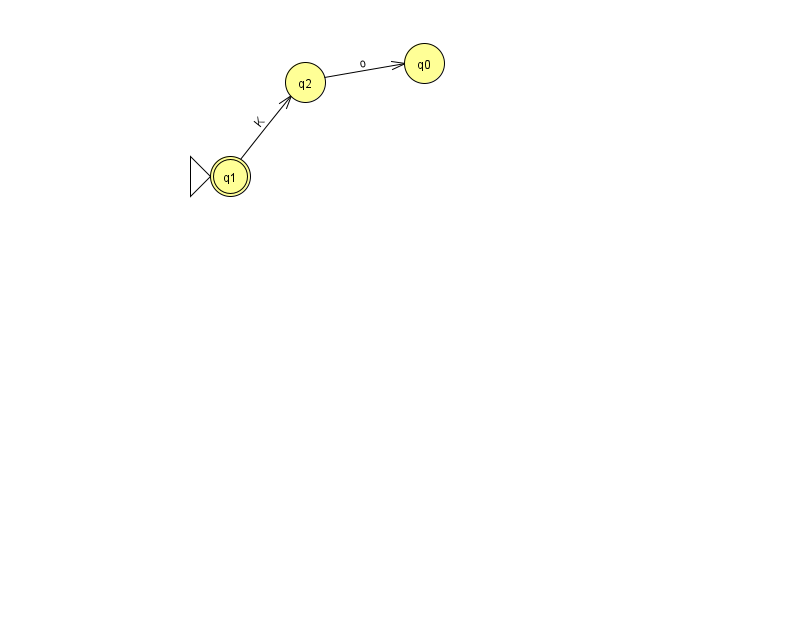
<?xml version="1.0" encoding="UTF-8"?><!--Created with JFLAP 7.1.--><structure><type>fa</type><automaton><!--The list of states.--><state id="0" name="q0"><x>424.0</x><y>50.0</y></state><state id="1" name="q1"><x>230.0</x><y>163.0</y><initial/><final/></state><state id="2" name="q2"><x>305.0</x><y>69.0</y></state><!--The list of transitions.--><transition><from>1</from><to>2</to><read>K</read></transition><transition><from>2</from><to>0</to><read>o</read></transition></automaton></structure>